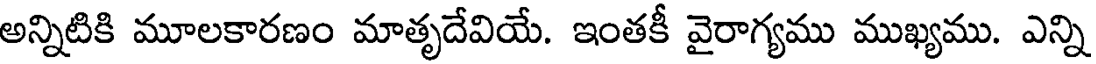
అన్నిటికి మూలకారణం మాతృదేవియే. ఇంతకీ వైరాగ్యము ముఖ్యము. ఎన్ని